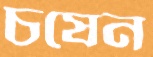
চষেন